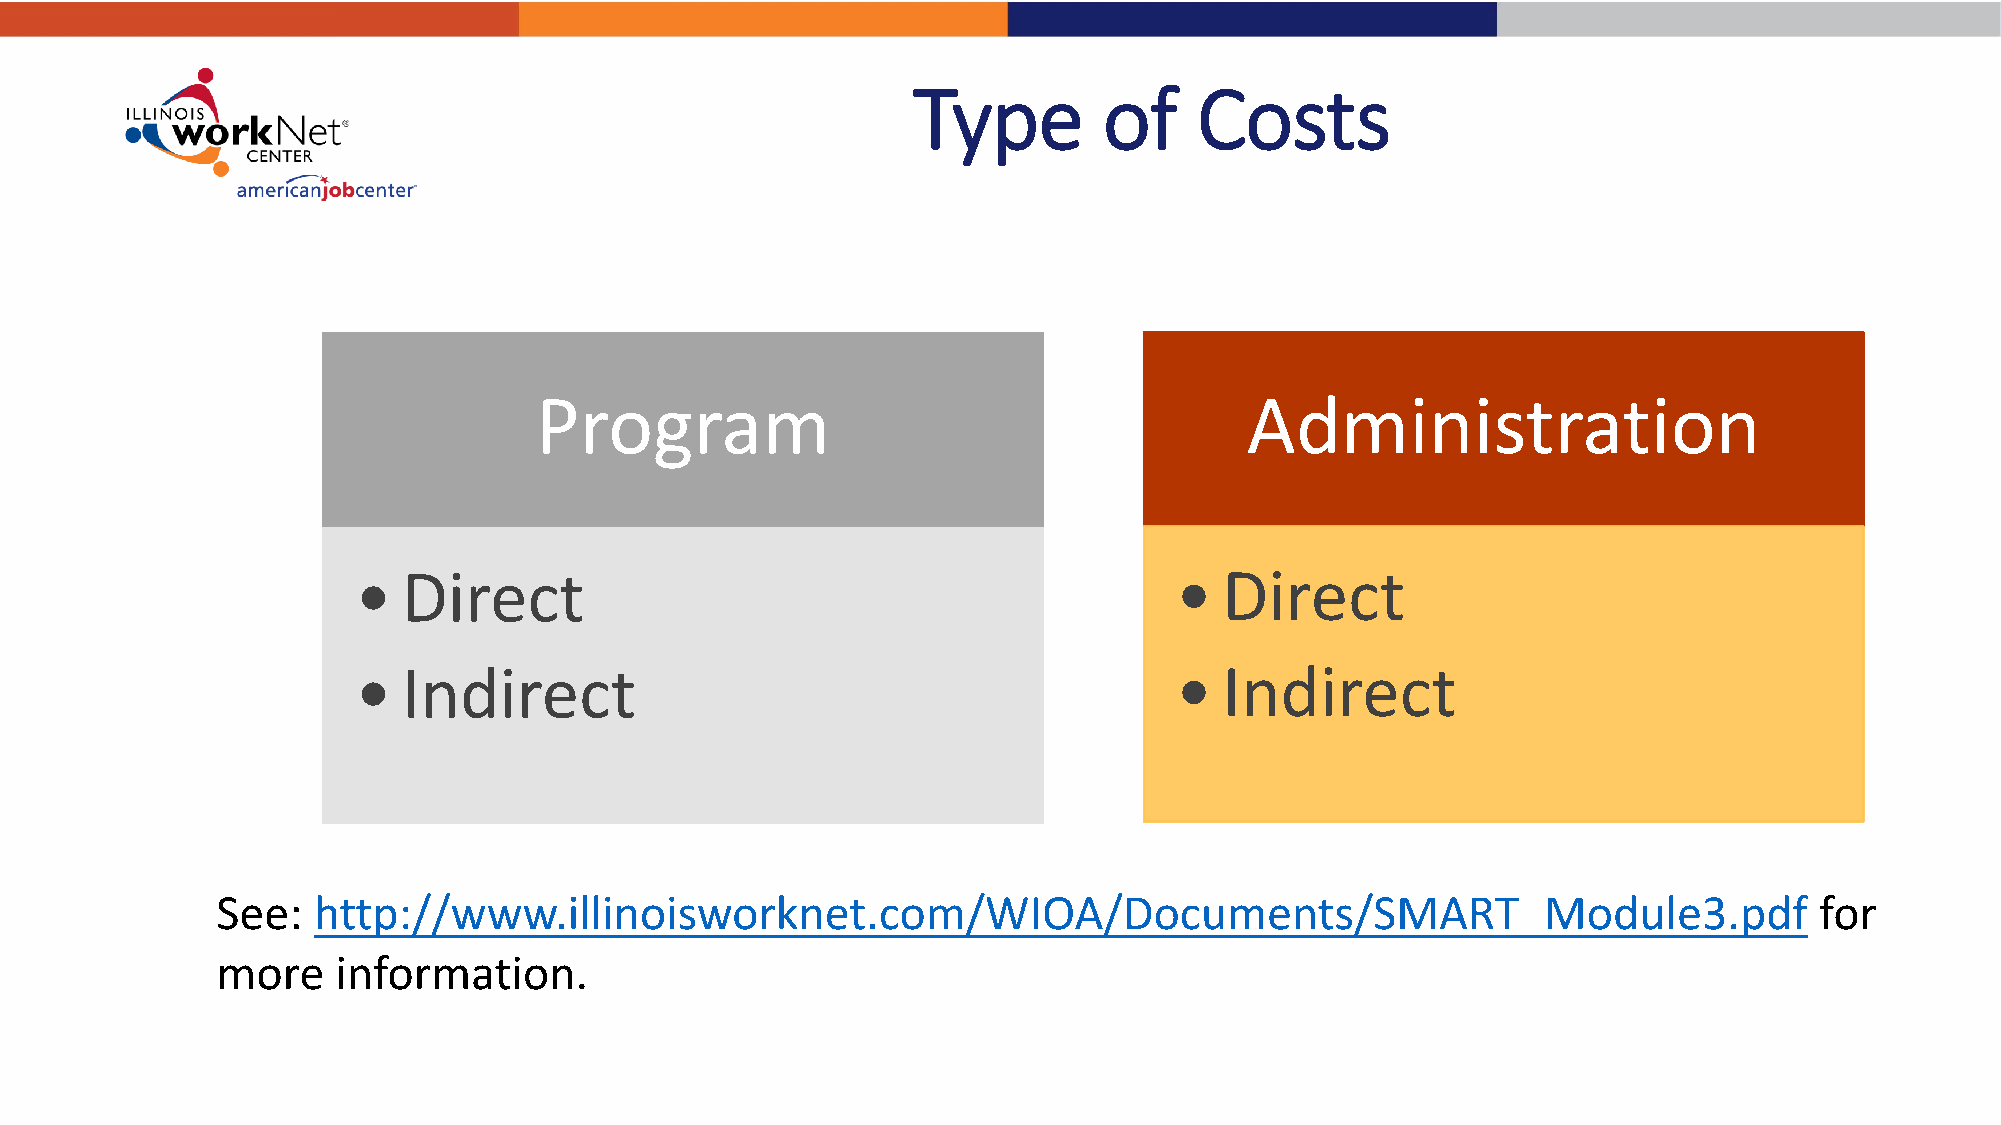
Type         of    Costs
 Program                                        Administration
 •   Direct                                             •  Direct
 •   Indirect                                           •  Indirect
 See:   http://www.illinoisworknet.com/WIOA/Documents/SMART_Module3.pdf                                    for
 more    information.